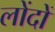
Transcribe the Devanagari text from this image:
लोंदों